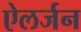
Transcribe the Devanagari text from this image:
ऐलर्जन